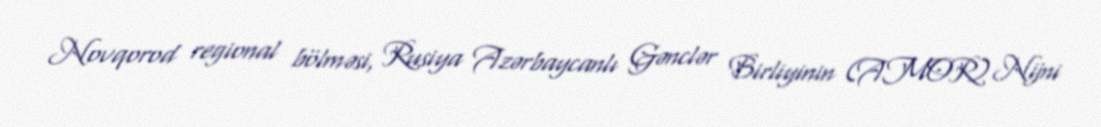
Novqorod regional bölməsi, Rusiya Azərbaycanlı Gənclər Birliyinin (AMOR) Nijni